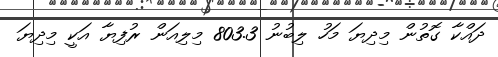
ދައްކާ ގޮތުން މިދިޔަ މަހު ލިބުނު 803.3 މިލިއަން ރުފިޔާ އަކީ މިދިޔަ